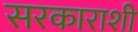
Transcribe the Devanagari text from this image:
सरकाराशी